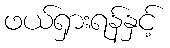
ဖယ်ရှားရန်နှင့်